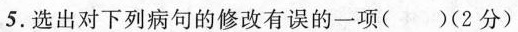
5.选出对下列病句的修改有误的一项()(2分)